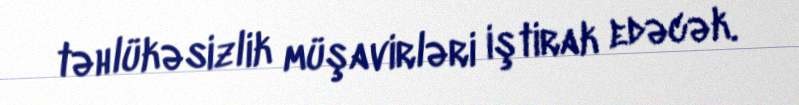
təhlükəsizlik müşavirləri iştirak edəcək.